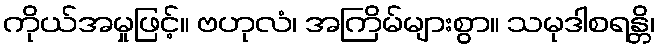
ကိုယ်အမှုဖြင့်။ ဗဟုလံ၊ အကြိမ်များစွာ။ သမုဒါစရန္တိ၊